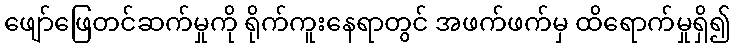
ဖျော်ဖြေတင်ဆက်မှုကို ရိုက်ကူးနေရာတွင် အဖက်ဖက်မှ ထိရောက်မှုရှိ၍